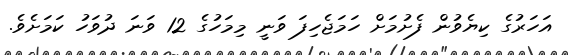
އަހަރުގެ ކިޔެވުން ފެށުމަށް ހަމަޖެހިފަ ވަނީ މިމަހުގެ 12 ވަނަ ދުވަހު ކަމަށެވެ.